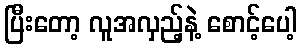
ပြီးတော့ လူအလှည့်နဲ့ စောင့်ပေါ့